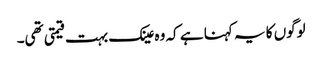
لوگوں کا یہ کہنا ہے کہ وہ عینک بہت قیمتی تھی۔